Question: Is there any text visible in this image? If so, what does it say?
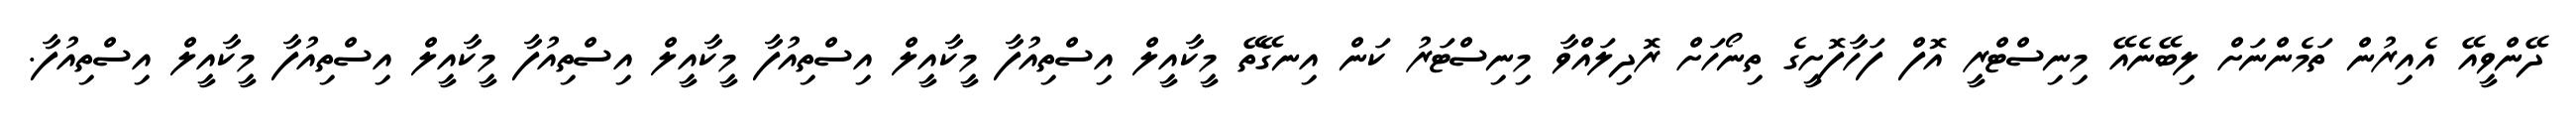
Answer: ދޭންވީއޭ އެއިރުން ތަމެންނަށް ލިބޭނެއޭ މިނިސްޓްރީ އޮފް ފަހާފޮށީގެ ތިނޯހަށް ރޮދިލައްވާ މިނިސްޓަރު ކަން އިނގޭތޭ މީކާއީލް އިސްތިއުފާ މީކާއީލް އިސްތިއުފާ މީކާއީލް އިސްތިއުފާ މީކާއީލް އިސްތިއުފާ މީކާއީލް އިސްތިއުފާ.